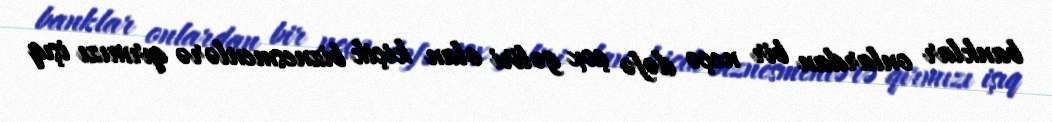
banklar onlardan bir neçə dəfə çox gəliri olan kiçik biznesmenlərə qırmızı işıq